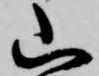
山